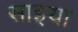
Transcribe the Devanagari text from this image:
साइया